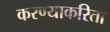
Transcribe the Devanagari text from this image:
करण्‍याकरिता